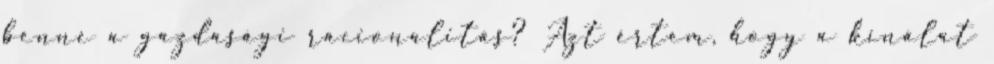
benne a gazdasági racionalitás? Azt értem, hogy a kínálat